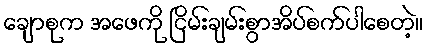
ချောစုက အဖေကို ငြိမ်းချမ်းစွာအိပ်စက်ပါစေတဲ့။